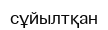
сұйылтқан